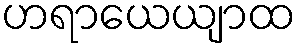
ဟရာယေယျာထ